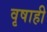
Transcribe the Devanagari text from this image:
वृषाही